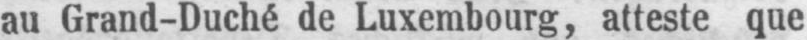
au Grand-Duché de Luxembourg, atteste que